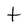
Character: t